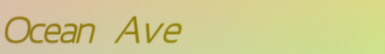
Ocean Ave